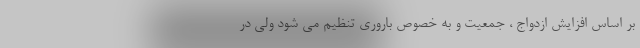
بر اساس افزایش ازدواج ، جمعیت و به خصوص باروری تنظیم می شود ولی در